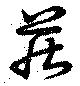
荘